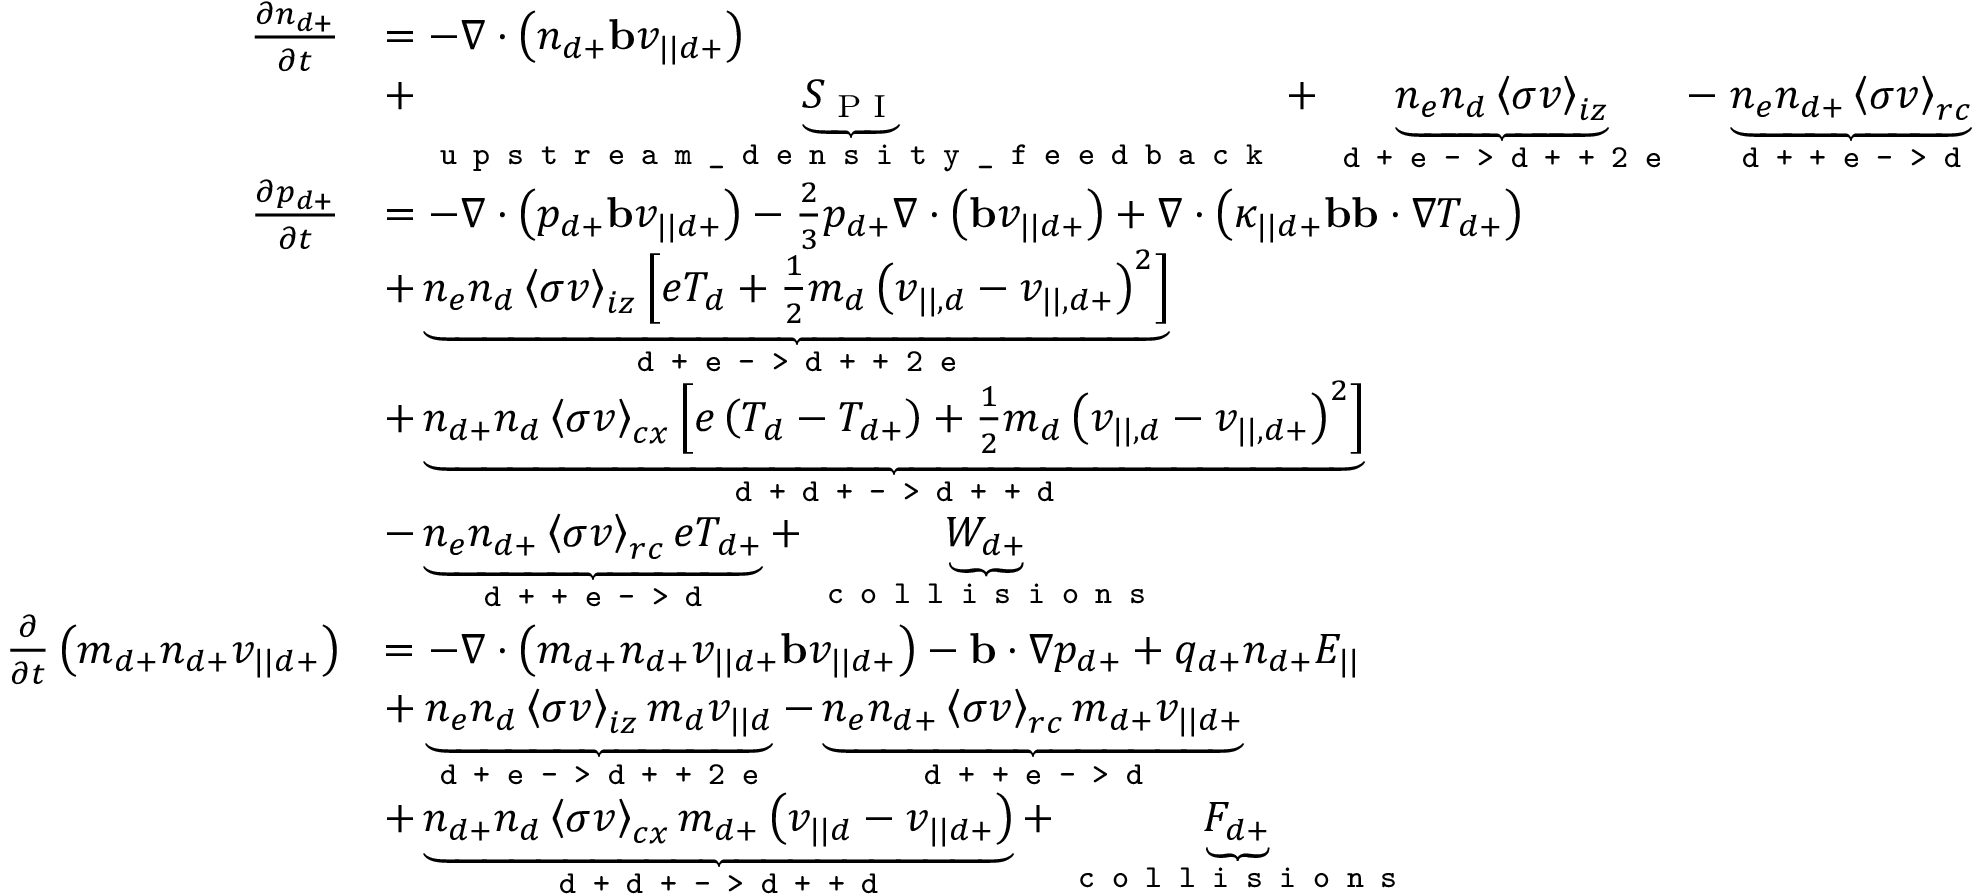
\begin{array} { r l } { \frac { \partial n _ { d + } } { \partial t } } & { = - \nabla \cdot \left( n _ { d + } \mathbf { b } v _ { | | d + } \right) } \\ & { + \underbrace { S _ { \textrm { P I } } } _ { \texttt { u p s t r e a m \_ d e n s i t y \_ f e e d b a c k } } + \underbrace { n _ { e } n _ { d } \left< \sigma v \right> _ { i z } } _ { \texttt { d + e - > d + + 2 e } } - \underbrace { n _ { e } n _ { d + } \left< \sigma v \right> _ { r c } } _ { \texttt { d + + e - > d } } } \\ { \frac { \partial p _ { d + } } { \partial t } } & { = - \nabla \cdot \left( p _ { d + } \mathbf { b } v _ { | | d + } \right) - \frac { 2 } { 3 } p _ { d + } \nabla \cdot \left( \mathbf { b } v _ { | | d + } \right) + \nabla \cdot \left( \kappa _ { | | d + } \mathbf { b } \mathbf { b } \cdot \nabla T _ { d + } \right) } \\ & { + \underbrace { n _ { e } n _ { d } \left< \sigma v \right> _ { i z } \left[ e T _ { d } + \frac { 1 } { 2 } m _ { d } \left( v _ { | | , d } - v _ { | | , d + } \right) ^ { 2 } \right] } _ { \texttt { d + e - > d + + 2 e } } } \\ & { + \underbrace { n _ { d + } n _ { d } \left< \sigma v \right> _ { c x } \left[ e \left( T _ { d } - T _ { d + } \right) + \frac { 1 } { 2 } m _ { d } \left( v _ { | | , d } - v _ { | | , d + } \right) ^ { 2 } \right] } _ { \texttt { d + d + - > d + + d } } } \\ & { - \underbrace { n _ { e } n _ { d + } \left< \sigma v \right> _ { r c } e T _ { d + } } _ { \texttt { d + + e - > d } } + \underbrace { W _ { d + } } _ { \texttt { c o l l i s i o n s } } } \\ { \frac { \partial } { \partial t } \left( m _ { d + } n _ { d + } v _ { | | d + } \right) } & { = - \nabla \cdot \left( m _ { d + } n _ { d + } v _ { | | d + } \mathbf { b } v _ { | | d + } \right) - \mathbf { b } \cdot \nabla p _ { d + } + q _ { d + } n _ { d + } E _ { | | } } \\ & { + \underbrace { n _ { e } n _ { d } \left< \sigma v \right> _ { i z } m _ { d } v _ { | | d } } _ { \texttt { d + e - > d + + 2 e } } - \underbrace { n _ { e } n _ { d + } \left< \sigma v \right> _ { r c } m _ { d + } v _ { | | d + } } _ { \texttt { d + + e - > d } } } \\ & { + \underbrace { n _ { d + } n _ { d } \left< \sigma v \right> _ { c x } m _ { d + } \left( v _ { | | d } - v _ { | | d + } \right) } _ { \texttt { d + d + - > d + + d } } + \underbrace { F _ { d + } } _ { \texttt { c o l l i s i o n s } } } \end{array}